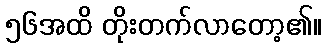
၅၆အထိ တိုးတက်လာတော့၏။